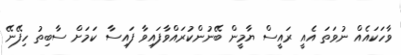
ވާހަކައެއް ނުވަތަ އެއީ ރައީސް ޔާމީން ބޭނުންކުރައްވާފައިވާ ފައިސާ ކަމަށް ސާބިތު ހިފޭނޭ